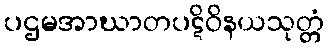
ပဌမအာဃာတပဋိဝိနယသုတ္တံ